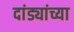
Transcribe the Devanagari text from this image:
दांड्यांच्या